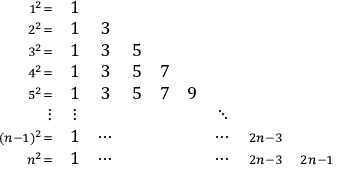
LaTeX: \begin{array} { r c c c c c c c c } { \scriptstyle 1 ^ { 2 } \scriptstyle = } & { 1 } & { } & { } & { } & { } & { } & { } & { } \\ { \scriptstyle 2 ^ { 2 } \scriptstyle = } & { 1 } & { 3 } & { } & { } & { } & { } & { } & { } \\ { \scriptstyle 3 ^ { 2 } \scriptstyle = } & { 1 } & { 3 } & { 5 } & { } & { } & { } & { } & { } \\ { \scriptstyle 4 ^ { 2 } \scriptstyle = } & { 1 } & { 3 } & { 5 } & { 7 } & { } & { } & { } & { } \\ { \scriptstyle 5 ^ { 2 } \scriptstyle = } & { 1 } & { 3 } & { 5 } & { 7 } & { 9 } & { } & { } & { } \\ { \vdots } & { \vdots } & { } & { } & { } & { } & { \ddots } & { } & { } \\ { \scriptstyle ( n - 1 ) ^ { 2 } \scriptstyle = } & { 1 } & { \cdots } & { } & { } & { } & { \cdots } & { \scriptstyle 2 n - 3 } & { } \\ { \scriptstyle n ^ { 2 } \scriptstyle = } & { 1 } & { \cdots } & { } & { } & { } & { \cdots } & { \scriptstyle 2 n - 3 } & { \scriptstyle 2 n - 1 } \end{array}